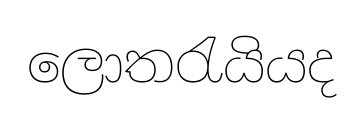
ලොතරැයියද